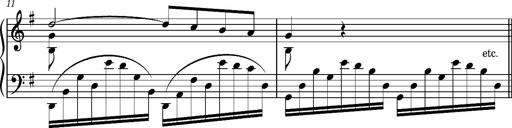
Title: Album-Leaf 'Agitato in G major' (S.167l/1)
Composer: Franz Liszt
Key: G major (S.167l/1)